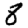
Digit: 8